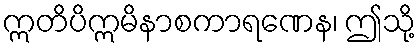
ဣတိပိဣမိနာစကာရဏေန၊ ဤသို့